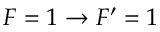
F = 1 \rightarrow F ^ { \prime } = 1